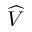
\widehat { V }